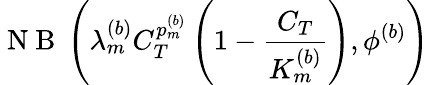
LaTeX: \mathrm{~N~B~}\left(\lambda_{m}^{(b)}C_{T}^{p_{m}^{(b)}}\left(1-\frac{C_{T}}{K_{m}^{(b)}}\right),\phi^{(b)}\right)